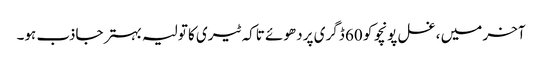
آخر میں ، غسل پونچو کو 60 ڈگری پر دھوئے تاکہ ٹیری کا تولیہ بہتر جاذب ہو۔